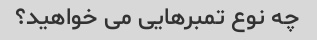
چه نوع تمبرهایی می خواهید؟